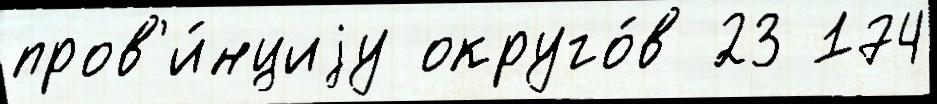
пров'и́нциjу округо́в 23 174